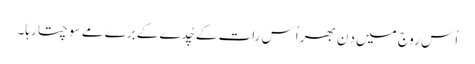
اُس روج میں دِن بھر اُس رات کے چُدے کے برے مے سوچتا رہا۔